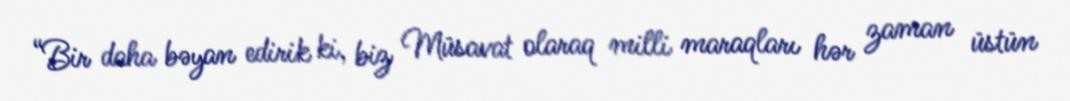
“Bir daha bəyan edirik ki, biz Müsavat olaraq milli maraqları hər zaman üstün